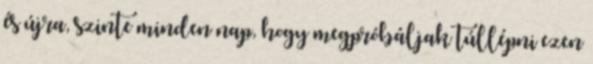
és újra, szinte minden nap, hogy megpróbáljak túllépni ezen